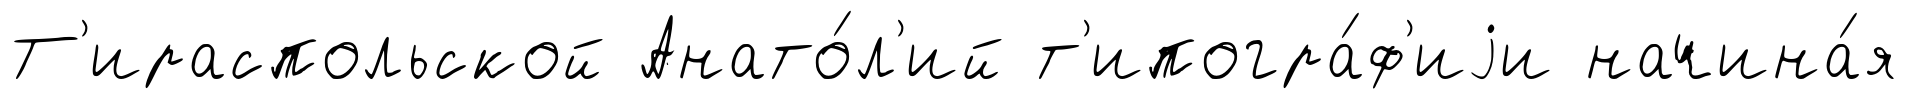
Т'ираспольской Анато́л'ий т'ипогра́ф'иjи начина́я